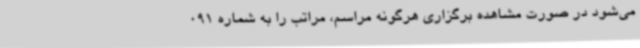
می‌شود در صورت مشاهده برگزاری هرگونه مراسم، مراتب را به شماره 091